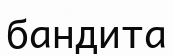
бандита